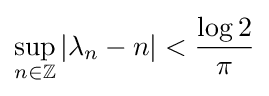
\sup _{n\in \mathbb {Z} }|\lambda _{n}-n|<{\frac {\log 2}{\pi }}